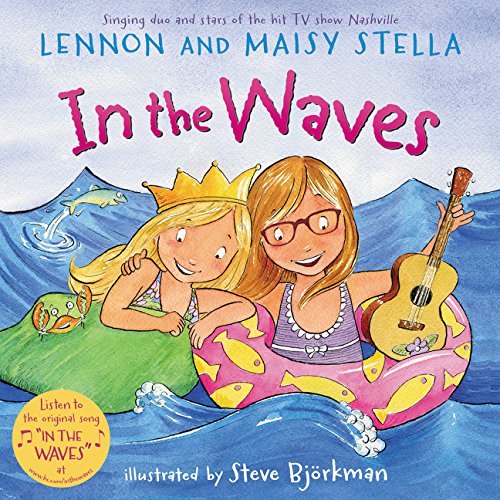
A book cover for In the Waves; Lennon Stella; Children's Books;